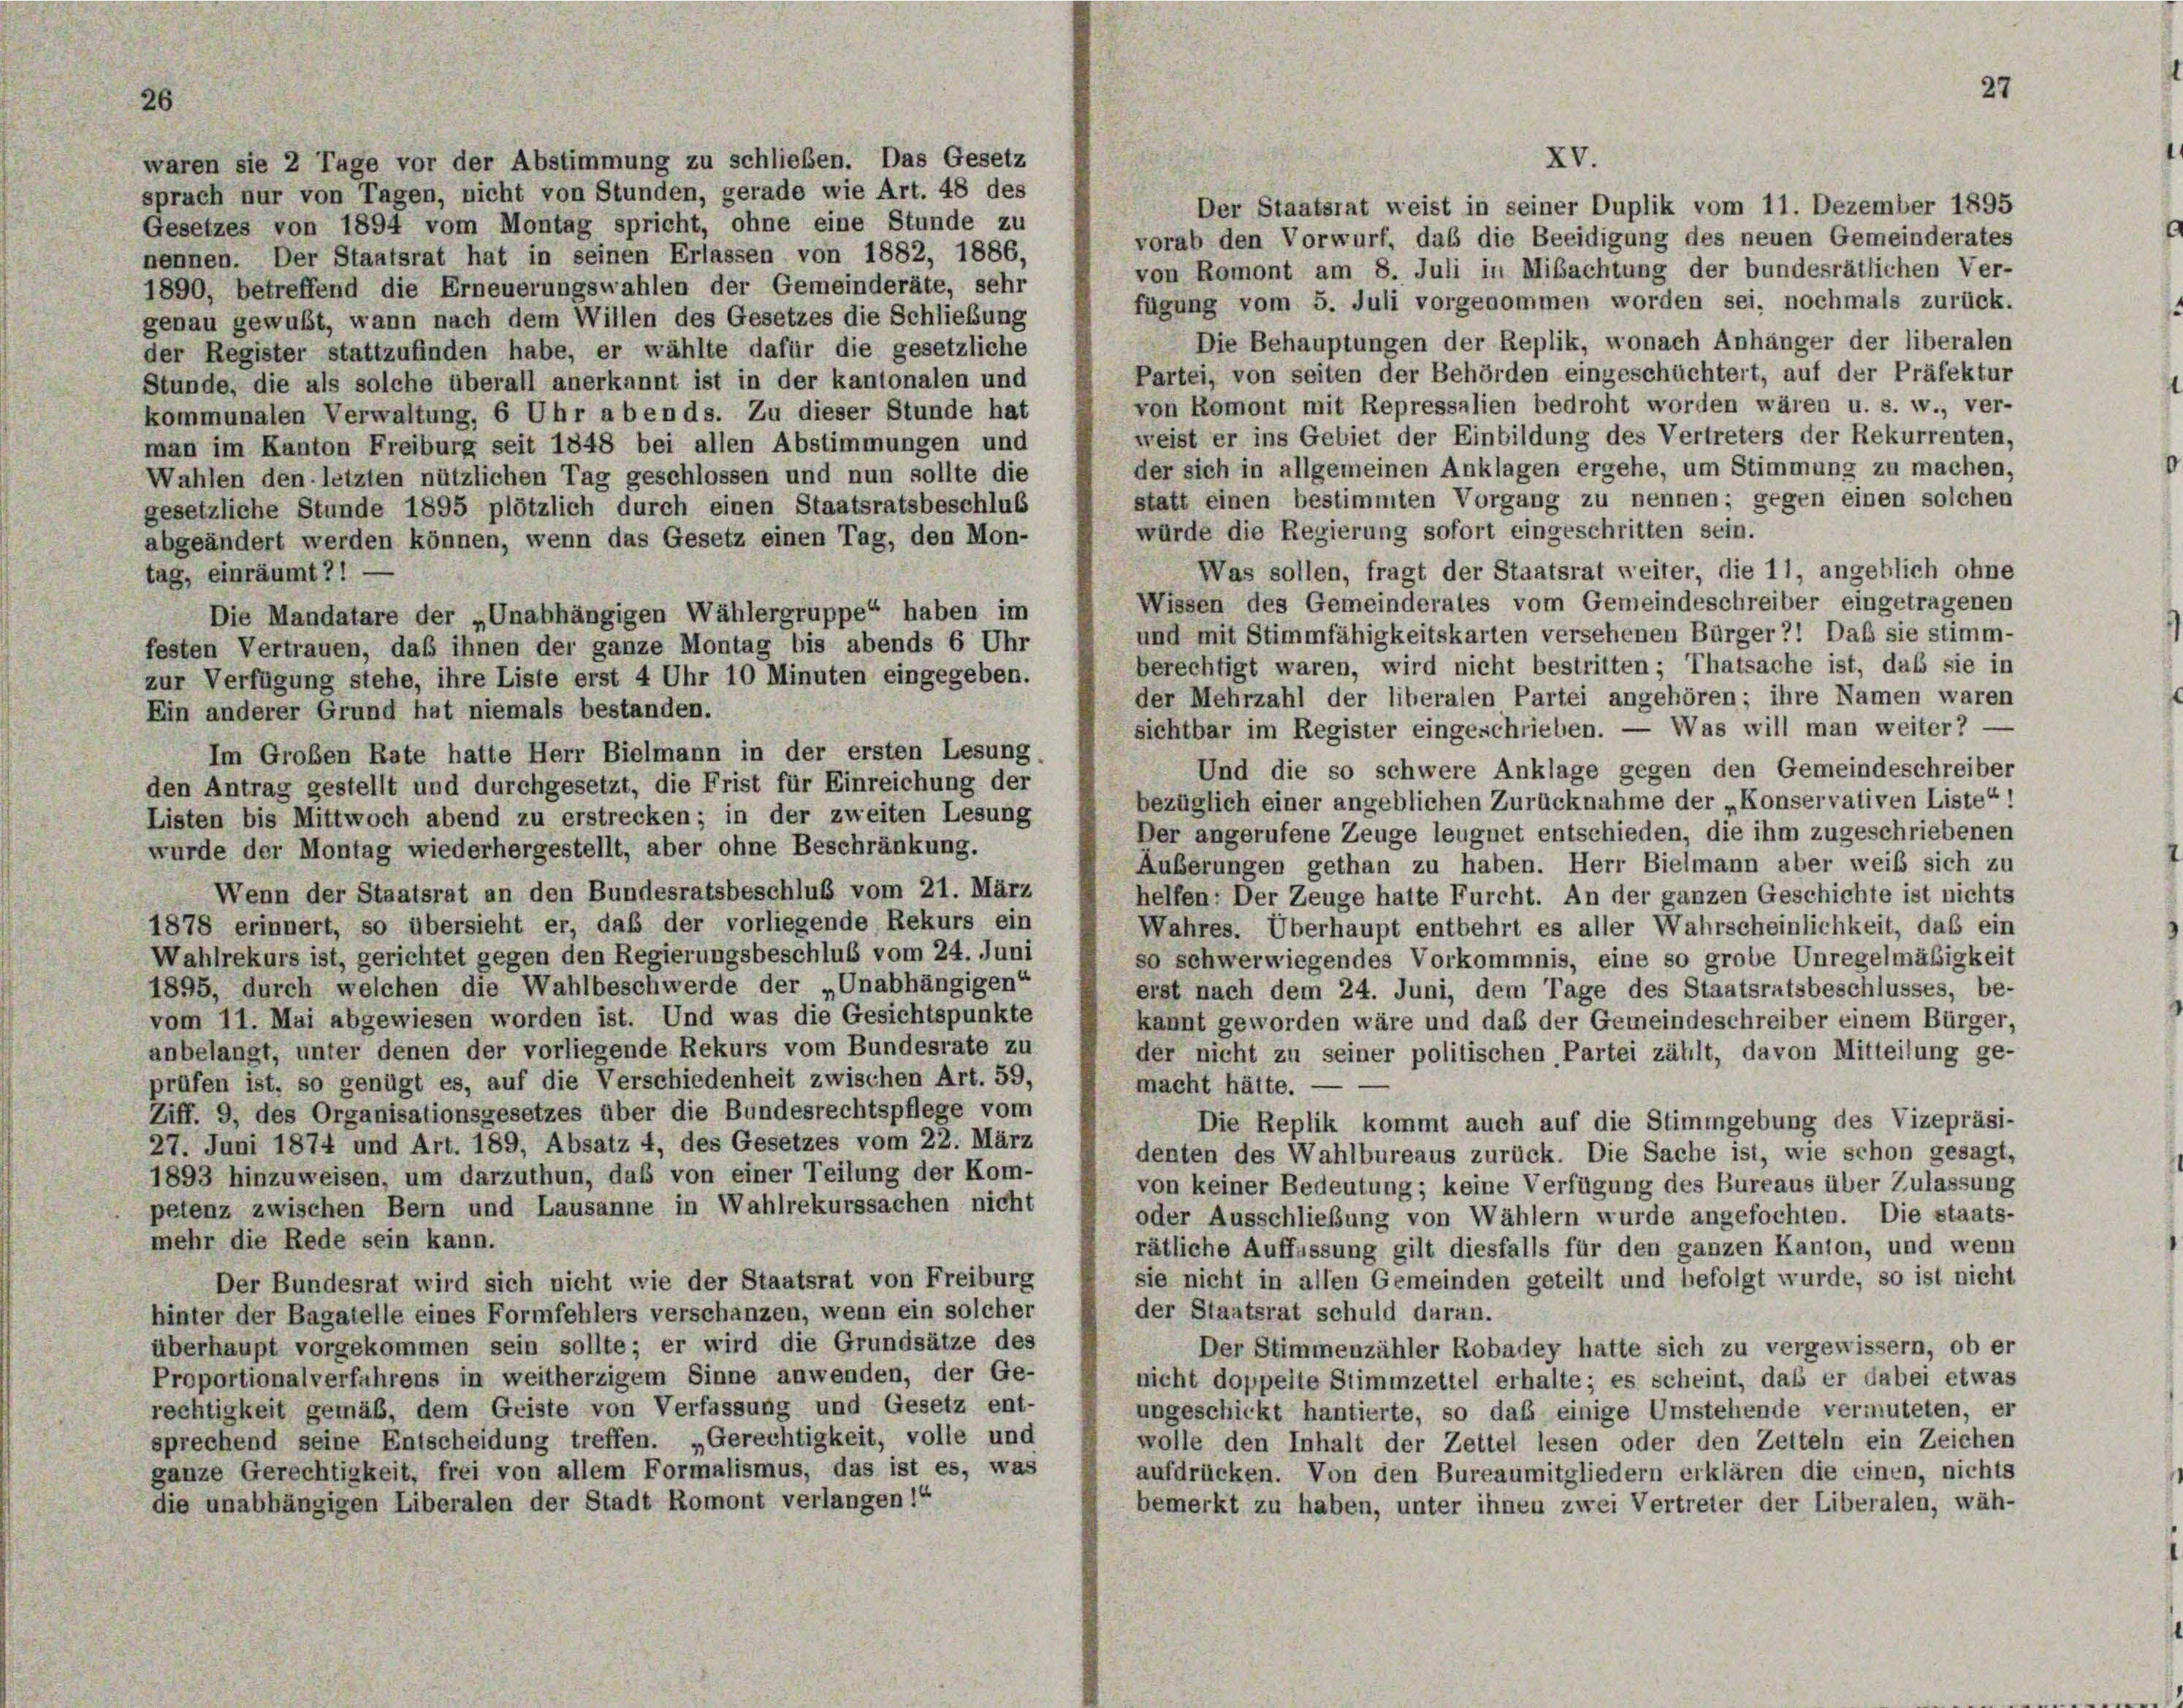
waren sie 2 Tage vor der Abstimmung zu schließen. Das Gesetz
sprach nur von Tagen, nicht von Stunden, gerade wie Art. 48 des
Gesetzes von 1894 vom Montag spricht, ohne eine Stunde zu
nennen. Der Staatsrat hat in seinen Erlassen von 1882, 1886,
1890, betreffend die Erneuerungswahlen der Gemeinderäte, sehr
fügung vom 5. Juli vorgenommen worden sei, nochmals zurück.
genau gewußt, wann nach dem Willen des Gesetzes die Schließung
Die Behauptungen der Replik, wonach Anhänger der liberalen
der Register stattzufinden habe, er wählte dafür die gesetzliche
Partei, von seiten der Behörden eingeschüchtert, auf der Präfektur
Stunde, die als solche überall anerkannt ist in der kantonalen und
von Romont mit Repressalien bedroht worden wären u. s. w., ver-
kommunalen Verwaltung, 6 Uhr abends. Zu dieser Stunde hat
weist er ins Gebiet der Einbildung des Vertreters der Rekurrenten,
man im Kanton Freiburg seit 1848 bei allen Abstimmungen und
der sich in allgemeinen Anklagen ergehe, um Stimmung zu machen,
Wahlen den letzten nützlichen Tag geschlossen und nun sollte die
statt einen bestimmten Vorgang zu nennen; gegen einen solchen
gesetzliche Stunde 1895 plötzlich durch einen Staatsratsbeschlus
würde die Regierung sofort eingeschritten sein.
abgeändert werden können, wenn das Gesetz einen Tag, den Mon-
Was sollen, fragt der Staatsrat weiter, die 11, angeblich ohne
tag, einräumt?! —
Wissen des Gemeinderates vom Gemeindeschreiber eingetragenen
Die Mandatare der „Unabhängigen Wählergruppe“ haben im
und mit Stimmfähigkeitskarten versehenen Bürger?! Daß sie stimm-
festen Vertrauen, daß ihnen der ganze Montag bis abends 6 Uhr
berechtigt waren, wird nicht bestritten ; Thatsache ist, daß sie in
zur Verfügung stehe, ihre Liste erst 4 Uhr 10 Minuten eingegeben.
der Mehrzahl der liberalen Partei angehören; ihre Namen waren
Ein anderer Grund hat niemals bestanden.
sichtbar im Register eingeschrieben. — Was will man weiter? —
Im Großen Rate hatte Herr Bielmann in der ersten Lesung
Und die so schwere Anklage gegen den Gemeindeschreiber
den Antrag gestellt und durchgesetzt, die Frist für Einreichung der
bezüglich einer angeblichen Zurücknahme der „Konservativen Liste“!
Listen bis Mittwoch abend zu erstrecken; in der zweiten Lesung
Der angerufene Zeuge leugnet entschieden, die ihm zugeschriebenen
wurde der Montag wiederhergestellt, aber ohne Beschränkung.
Äußerungen gethan zu haben. Herr Bielmann aber weiß sich zu
Wenn der Staatsrat an den Bundesratsbeschluß vom 21. März
helfen: Der Zeuge hatte Furcht. An der ganzen Geschichte ist nichts
1878 erinnert, so übersieht er, daß der vorliegende Rekurs ein
Wahres. Überhaupt entbehrt es aller Wahrscheinlichkeit, das ein
Wahlrekurs ist, gerichtet gegen den Regierungsbeschluß vom 24. Juni
so schwerwiegendes Vorkommnis, eine so grobe Unregelmäßigkeit
1895, durch welchen die Wahlbeschwerde der „Unabhängigen“
erst nach dem 24. Juni, dem Tage des Staatsratsbeschlusses, be-
vom 11. Mai abgewiesen worden ist. Und was die Gesichtspunkte
kannt geworden wäre und daß der Gemeindeschreiber einem Bürger,
anbelangt, unter denen der vorliegende Rekurs vom Bundesrate zu
der nicht zu seiner politischen Partei zählt, davon Mitteilung ge-
prüfen ist, so genügt es, auf die Verschiedenheit zwischen Art. 59,
macht hätte.
Ziff. 9, des Organisationsgesetzes über die Bundesrechtspflege vom
Die Replik kommt auch auf die Stimmgebung des Vizepräsi-
27. Juni 1874 und Art. 189, Absatz 4, des Gesetzes vom 22. März
denten des Wahlbureaus zurück. Die Sache ist, wie schon gesagt,
1893 hinzuweisen, um darzuthun, das von einer Teilung der Kom-
von keiner Bedeutung; keine Verfügung des Bureaus über Zulassung
petenz zwischen Bern und Lausanne in Wahlrekurssachen nicht
oder Ausschließung von Wählern wurde angefochten. Die staats-
mehr die Rede sein kann.
rätliche Auffassung gilt diesfalls für den ganzen Kanton, und wenn
sie nicht in allen Gemeinden geteilt und befolgt wurde, so ist nicht
Der Bundesrat wird sich nicht wie der Staatsrat von Freiburg
der Staatsrat schuld daran.
hinter der Bagatelle eines Formfehlers verschanzen, wenn ein solcher
überhaupt vorgekommen sein sollte; er wird die Grundsätze des
Der Stimmenzähler Robadey hatte sich zu vergewissern, ob er
Proportionalverfahrens in weitherzigem Sinne anwenden, der Ge-
nicht doppelte Stimmzettel erhalte; es scheint, daß er dabei etwas
rechtigkeit gemäß, dem Geiste von Verfassung und Gesetz ent-
ungeschickt hantierte, so daß einige Umstehende vermuteten, er
sprechend seine Entscheidung treffen. „Gerechtigkeit, volle und
wolle den Inhalt der Zettel lesen oder den Zetteln ein Zeichen
ganze Gerechtigkeit, frei von allem Formalismus, das ist es, was
aufdrücken. Von den Bureaumitgliedern erklären die einen, nichts
die unabhängigen Liberalen der Stadt Romont verlangen!“
bemerkt zu haben, unter ihnen zwei Vertreter der Liberalen, wäh-

26

27

XV.
Der Staatsrat weist in seiner Duplik vom 11. Dezember 1895
vorab den Vorwurf, das die Beeidigung des neuen Gemeinderates
von Romont am 8. Juli in Mibachtung der bundesrätlichen Ver-